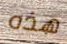
هذه